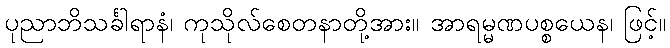
ပုညာဘိသင်္ခါရာနံ၊ ကုသိုလ်စေတနာတို့အား။ အာရမ္မဏပစ္စယေန၊ ဖြင့်။